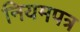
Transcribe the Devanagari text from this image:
नियमपत्र